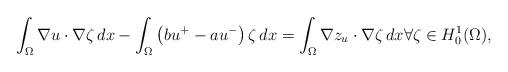
LaTeX: \begin{align*} \int_\Omega \nabla u \cdot \nabla \zeta\, dx - \int_\Omega \left(bu^+ - au^-\right) \zeta\, dx = \int_\Omega \nabla z_u \cdot \nabla \zeta\, dx \forall \zeta \in H^1_0(\Omega),\end{align*}